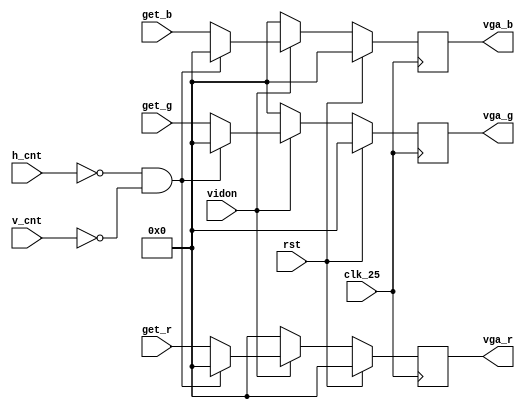
// Copyright (c) UnnamedOrange and Jack-Lyu. Licensed under the MIT License.
// See the LICENSE file in the repository root for full license text.

/// <projectname>mania-to-go</projectname>
/// <modulename>vga_display</modulename>
/// <filedescription>VGA </filedescription>
/// <version>
/// 0.0.1 (Jack-Lyu) : VGA
/// </version>

`timescale 1ns / 1ps

module vga_display
(
	input wire vidon,
	input wire [9:0] h_cnt,
	input wire [9:0] v_cnt,
	input [3:0] get_r,
	input [3:0] get_g,
	input [3:0] get_b,
	input clk_25,
	input rst,
	output reg [3:0] vga_r,
	output reg [3:0] vga_g,
	output reg [3:0] vga_b
);

	reg [3:0] dis_r;
	reg [3:0] dis_g;
	reg [3:0] dis_b;

	always @(posedge clk_25) begin
		if(rst) begin
			vga_r <= 0;
			vga_g <= 0;
			vga_b <= 0;
		end
		else if(!vidon) begin
			vga_r <= 0;
			vga_g <= 0;
			vga_b <= 0;
		end
		else if( h_cnt == 0 & v_cnt == 0 ) begin
			vga_r <= 0;
			vga_g <= 0;
			vga_b <= 0;
		end
		else begin
			vga_r <= get_r;
			vga_g <= get_g;
			vga_b <= get_b;
		end
	end

endmodule